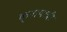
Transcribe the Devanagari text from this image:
कृपापात्री